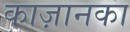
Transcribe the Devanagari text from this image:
काज़ानका